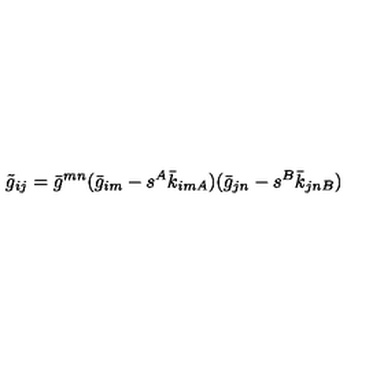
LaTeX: \tilde { g } _ { i j } = \bar { g } ^ { m n } ( \bar { g } _ { i m } - s ^ { A } \bar { k } _ { i m A } ) ( \bar { g } _ { j n } - s ^ { B } \bar { k } _ { j n B } )